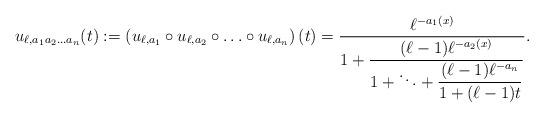
LaTeX: \begin{align*} u_{\ell,a_1a_2 \ldots a_n}(t) := \left(u_{\ell,a_1} \circ u_{\ell,a_2} \circ \ldots \circ u_{\ell,a_n}\right)(t) = \frac{\ell^{-a_1(x)}}{\displaystyle 1+\frac{(\ell-1)\ell^{-a_2(x)}}{\displaystyle 1 + \ddots +\frac{(\ell-1)\ell^{-a_n}}{1+(\ell-1)t}}}.\end{align*}